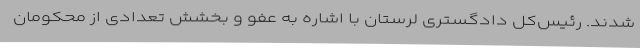
شدند. رئیس‌کل دادگستری لرستان با اشاره به عفو و بخشش تعدادی از محکومان